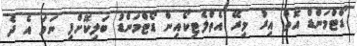
ޑޯޓްމަންޑް އޮތް އިރު މިރޭ އެތްލެޓިކޯއިން ޑޯޓްމަންޑު ބަލިކޮށްފި ނަމަ އެ ދެ